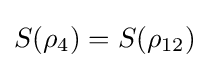
S(\rho _{4})=S(\rho _{12})